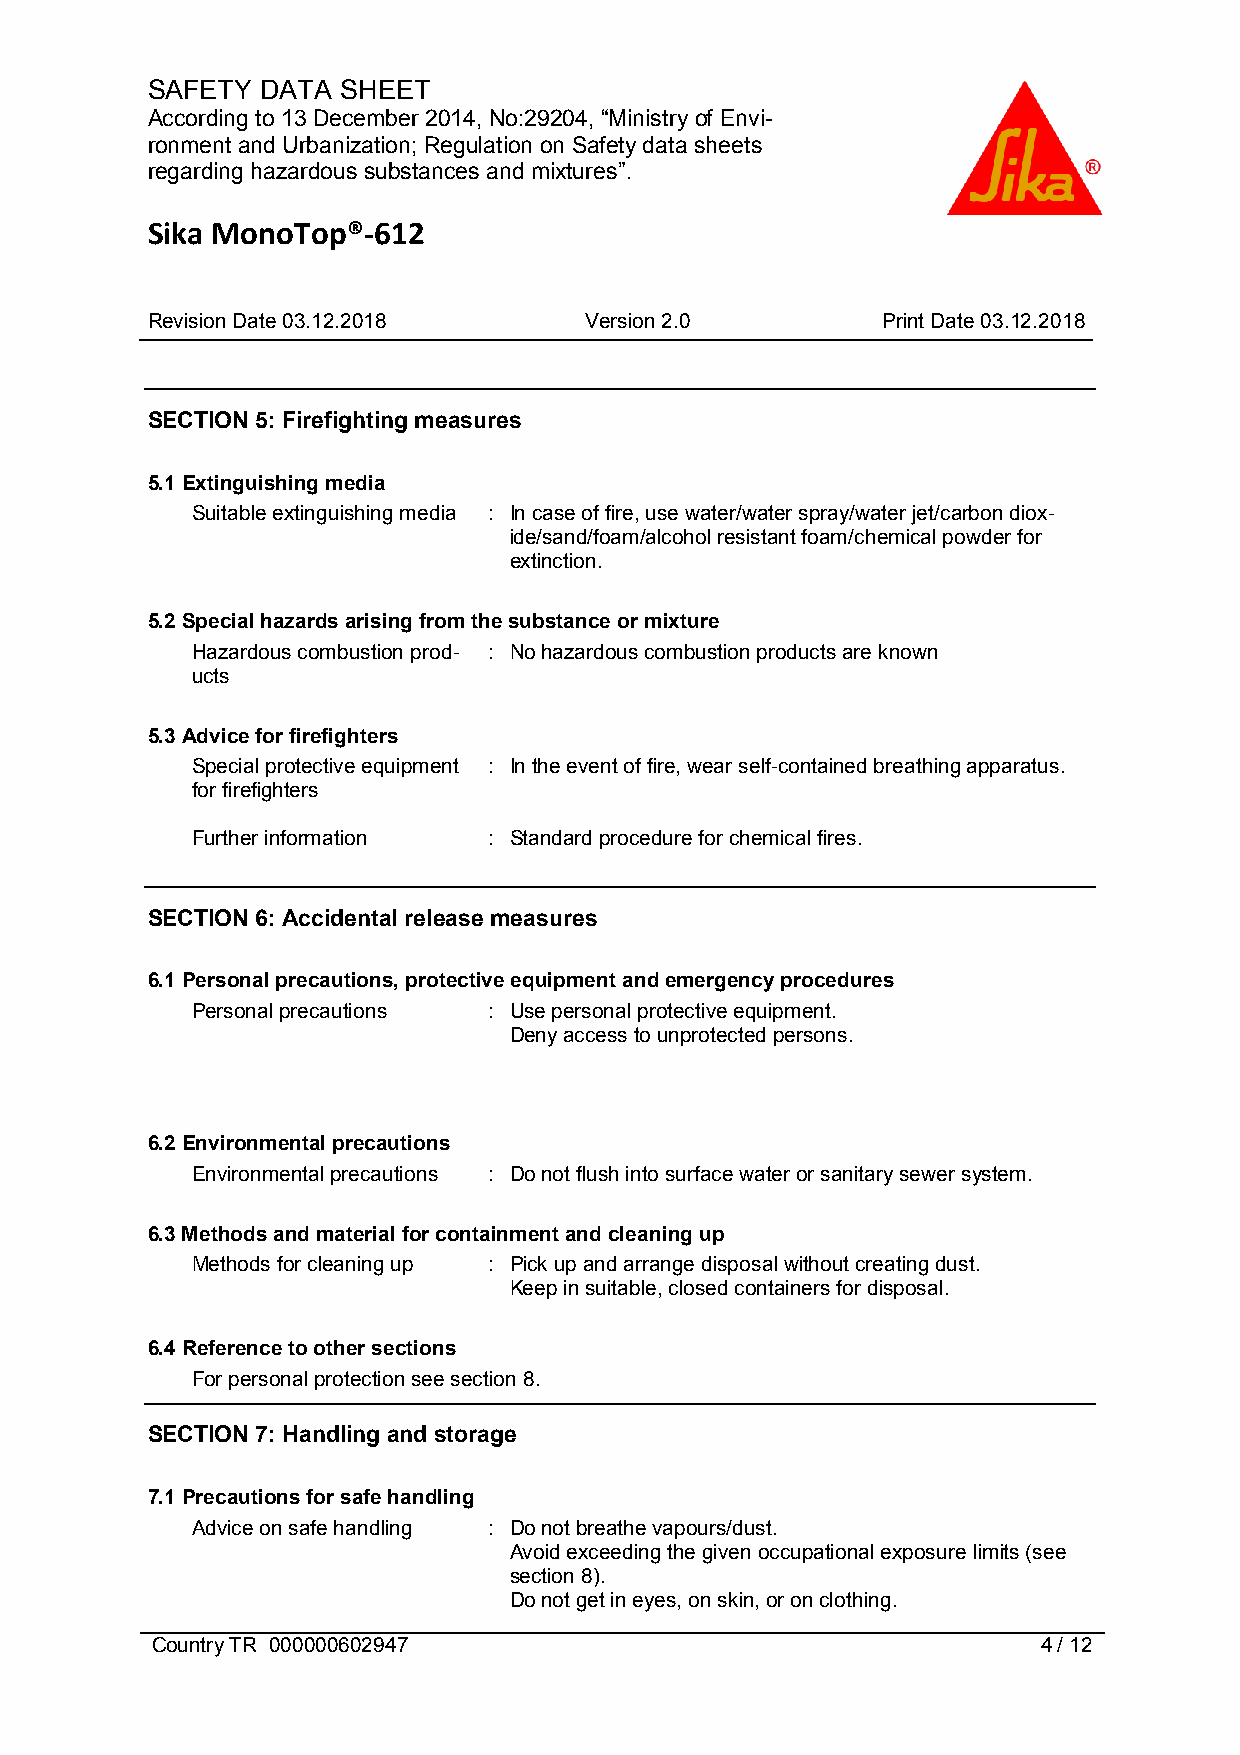
SAFETY DATA  SHEET
 According to 13 December 2014, No:29204, “Ministry of Envi-
 ronment and Urbanization; Regulation on Safety data sheets
 regarding hazardous substances and mixtures”.
 Sika MonoTop®-612
 Revision Date 03.12.2018     Version 2.0        Print Date 03.12.2018
 SECTION 5: Firefighting measures
 5.1 Extinguishing media
 Suitable extinguishing media : In case of fire, use water/water spray/water jet/carbon diox-
 ide/sand/foam/alcohol resistant foam/chemical powder for
 extinction.
 5.2 Special hazards arising from the substance or mixture
 Hazardous combustion prod- : No hazardous combustion products are known
 ucts
 5.3 Advice for firefighters
 Special protective equipment : In the event of fire, wear self-contained breathing apparatus.
 for firefighters
 Further information : Standard procedure for chemical fires.
 SECTION 6: Accidental release measures
 6.1 Personal precautions, protective equipment and emergency procedures
 Personal precautions : Use personal protective equipment.
 Deny access to unprotected persons.
 6.2 Environmental precautions
 Environmental precautions : Do not flush into surface water or sanitary sewer system.
 6.3 Methods and material for containment and cleaning up
 Methods for cleaning up : Pick up and arrange disposal without creating dust.
 Keep in suitable, closed containers for disposal.
 6.4 Reference to other sections
 For personal protection see section 8.
 SECTION 7: Handling and storage
 7.1 Precautions for safe handling
 Advice on safe handling : Do not breathe vapours/dust.
 Avoid exceeding the given occupational exposure limits (see
 section 8).
 Do not get in eyes, on skin, or on clothing.
 Country TR 000000602947                                    4 / 12